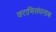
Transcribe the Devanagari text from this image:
वरामिसंघनाथ